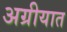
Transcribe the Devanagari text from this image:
अग्रीयात